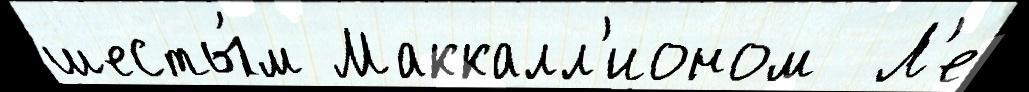
шесты́м Маккалл'ионом  Л'е